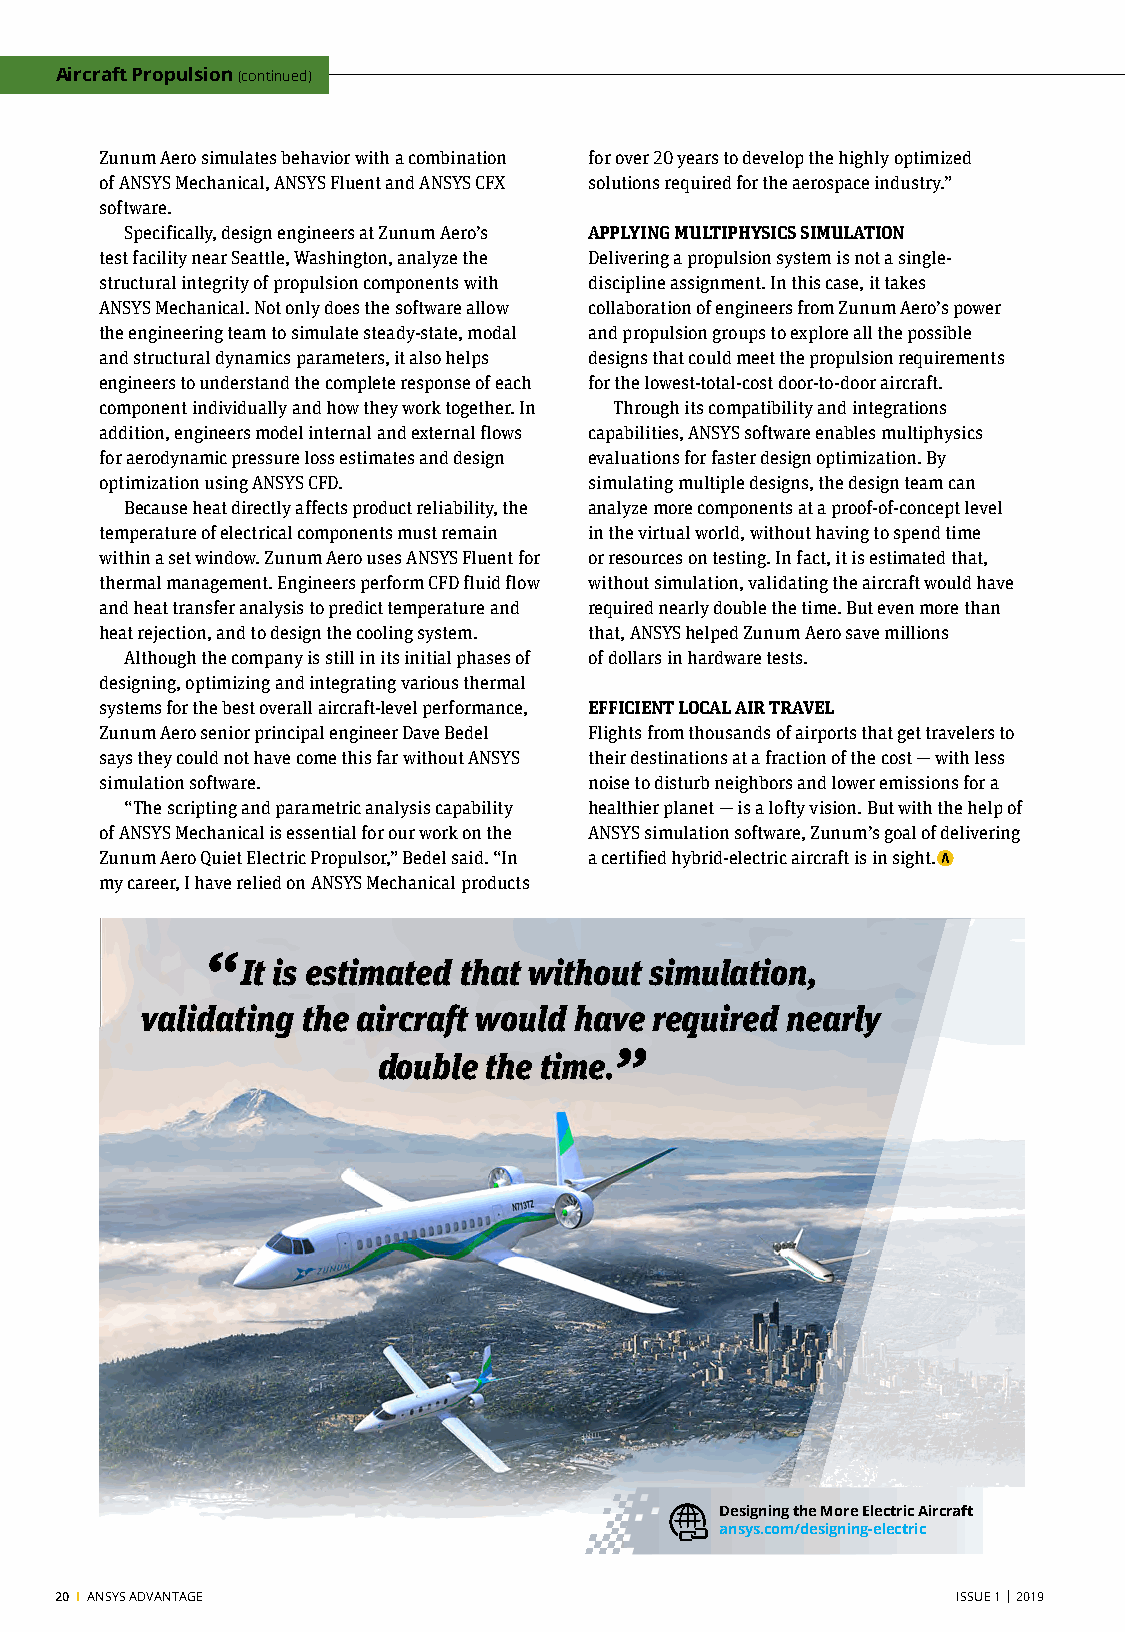
Aircraft Propulsion (continued)
 Zunum Aero simulates behavior with a combination for over 20 years to develop the highly optimized
 of ANSYS Mechanical, ANSYS Fluent and ANSYS CFX solutions required for the aerospace industry.”
 software.
 Specifically, design engineers at Zunum Aero’s APPLYING MULTIPHYSICS SIMULATION
 test facility near Seattle, Washington, analyze the Delivering a propulsion system is not a single-
 structural integrity of propulsion components with discipline assignment. In this case, it takes
 ANSYS Mechanical. Not only does the software allow collaboration of engineers from Zunum Aero’s power
 the engineering team to simulate steady-state, modal and propulsion groups to explore all the possible
 and structural dynamics parameters, it also helps designs that could meet the propulsion requirements
 engineers to understand the complete response of each for the lowest-total-cost door-to-door aircraft.
 component individually and how they work together. In Through its compatibility and integrations
 addition, engineers model internal and external flows capabilities, ANSYS software enables multiphysics
 for aerodynamic pressure loss estimates and design evaluations for faster design optimization. By
 optimization using ANSYS CFD.   simulating multiple designs, the design team can
 Because heat directly affects product reliability, the analyze more components at a proof-of-concept level
 temperature of electrical components must remain in the virtual world, without having to spend time
 within a set window. Zunum Aero uses ANSYS Fluent for or resources on testing. In fact, it is estimated that,
 thermal management. Engineers perform CFD fluid flow without simulation, validating the aircraft would have
 and heat transfer analysis to predict temperature and required nearly double the time. But even more than
 heat rejection, and to design the cooling system. that, ANSYS helped Zunum Aero save millions
 Although the company is still in its initial phases of of dollars in hardware tests.
 designing, optimizing and integrating various thermal
 systems for the best overall aircraft-level performance, EFFICIENT LOCAL AIR TRAVEL
 Zunum Aero senior principal engineer Dave Bedel Flights from thousands of airports that get travelers to
 says they could not have come this far without ANSYS their destinations at a fraction of the cost — with less
 simulation software.            noise to disturb neighbors and lower emissions for a
 “The scripting and parametric analysis capability healthier planet — is a lofty vision. But with the help of
 of ANSYS Mechanical is essential for our work on the ANSYS simulation software, Zunum’s goal of delivering
 Zunum Aero Quiet Electric Propulsor,” Bedel said. “In a certified hybrid-electric aircraft is in sight.
 my career, I have relied on ANSYS Mechanical products
 “
 It is estimated that without simulation,
 validating the aircraft would have required nearly
 double the time.”
 Designing the More Electric Aircraft
 ansys.com/designing-electric
 20 I ANSYS ADVANTAGE                                       ISSUE 1 | 2019